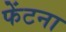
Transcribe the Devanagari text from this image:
फेंटना